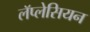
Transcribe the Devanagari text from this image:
लॅप्लेसियन